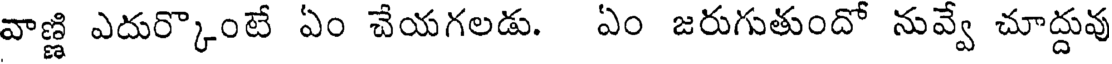
వాణ్ణి ఎదుర్కొంటే ఏం చేయగలడు. ఏం జరుగుతుందో నువ్వే చూద్దువు